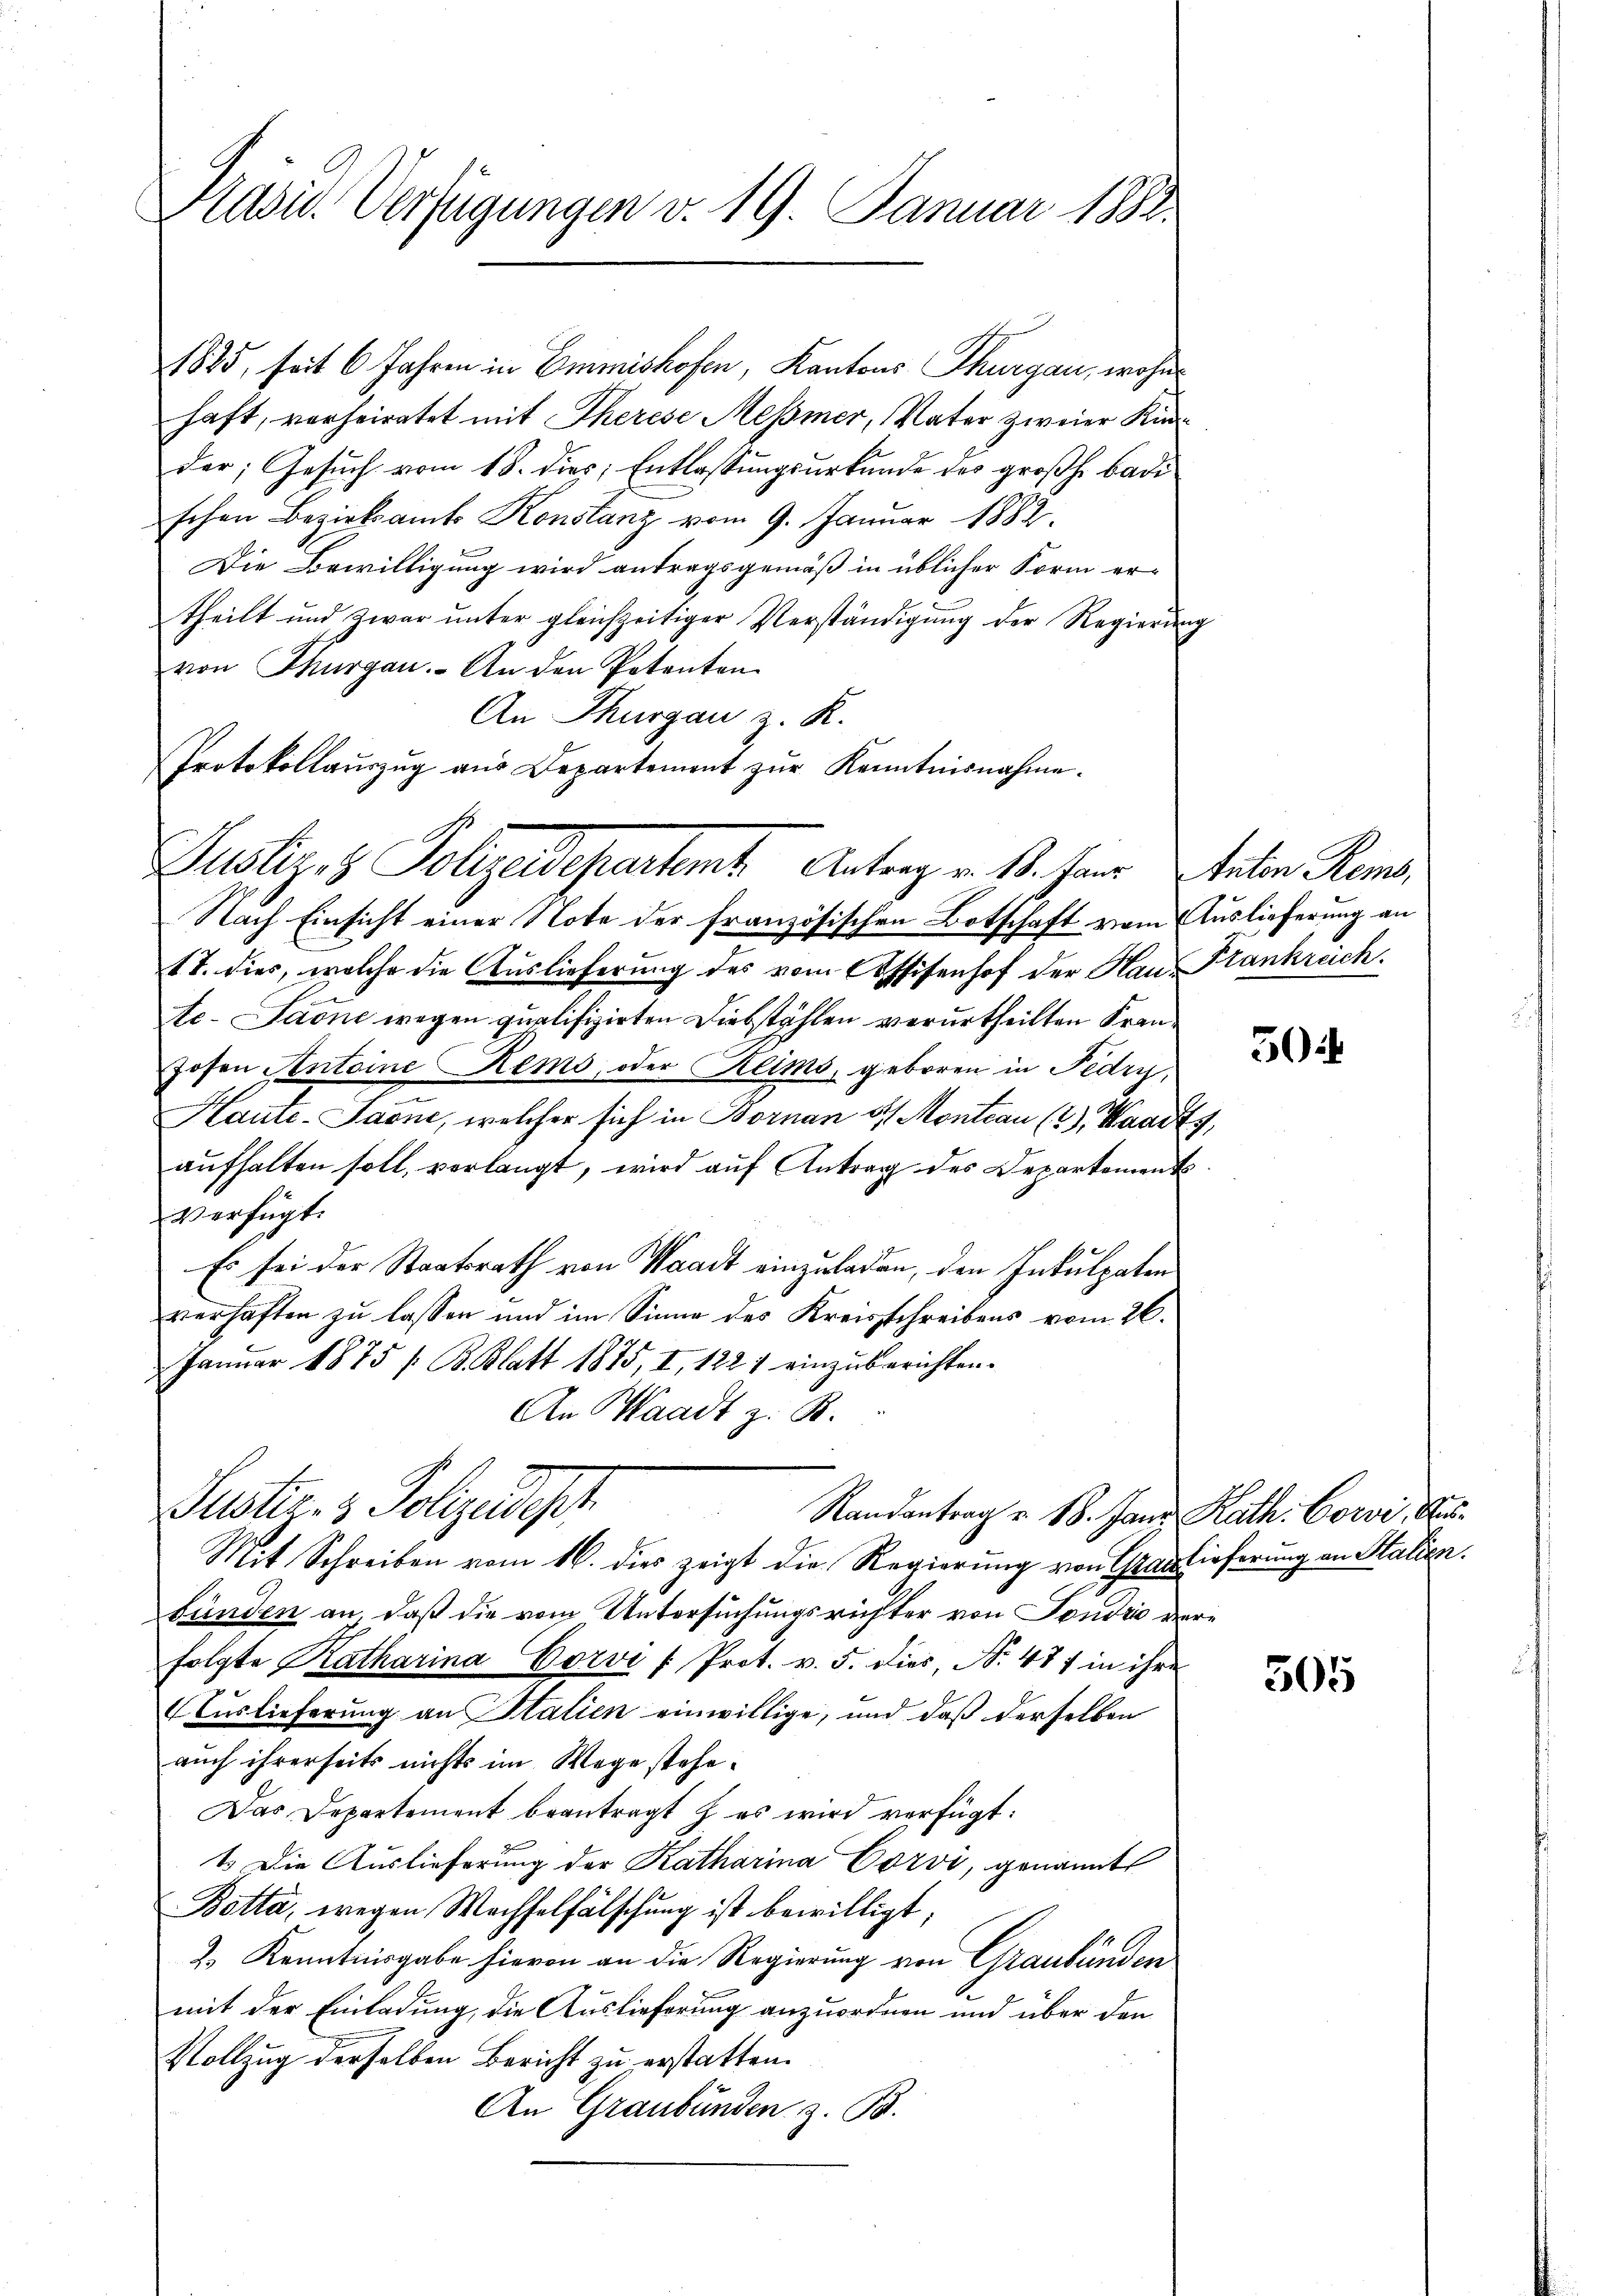
Präsid. Verfügungen v. 19. Januar 1882

1885, seit 6 Jahren in Emmishofen, Kantons Thurgau, wohnhaft, vorheiratet mit Therese Messner, Vater zweier Kinder; Gesuch vom 18. dies, Entlassungsurkunde des großh. Badischen Bezirksamts Konstanz vom 9. Januar 1882.
Die Bewilligung wird antragsgemäß in üblicher Form er-
theilt und zwar ŭnter gleichzeitiger Verständigung der Regierung
von Thurgau. An den Petenten
An Thurgau z. R.
Protokollauszug aus Departement zŭr Kenntnisnahme.
Nach Einsicht einer Note der französischen Botschaft vom Auslieferung an
t T. dies, welche die Auslieferung des vom Assisenhof der Hau Frankreich.
te-Jaone wegen qualifizirten Diebstählen verurtheilten Kranhosen Antoine Rems, oder Klims, geboren in Fedry,
Haute-Saone, welcher sich in Bornan 3 Montan (2), Waadt,
aufhalten soll, verlangt, wird auf Antrag des Departement
Verfügt:
Es sei der Staatsrath von Waadt einzuladen, den Inkulpaten
verhaften zu lassen und im Sinne des Kreisschreibens vom 26.
Januar 1875 / B. Blatt 1875, I, 1227 einzuberichten.
An Waadt z. B.

Justiz & Polizeidigt

Justiz- & Polizeidepartent Antrag v. 18. herr Anton Rems.

Mit Schreiben vom 16. dies zeigt die Regierung von Grauslieferung an Stalien.
bünden an, daß die vom Untersuchungsrichter von Fondrio der
folgte Ratharina Corvi " Prot. v. 5. dies, No. 487 in ihre
Auslieferung an Stalien einwillige, und daß derselben
auch ihrerseits nichts im Wege stehe.
Das Departement beantragt & es wird verfügt:
1. Die Auslieferung der Katharina Corvi, genannt
Botta, wegen Wachselfälschung ist bewilligt,
2.) Kenntnisgabe hievon an die Regierung von Graubünden
mit der Einladung, die Auslieferung anzuordnen und über den
Vollzug derselben Bericht zu erstatten.
An Graubünden z. B.

Randantrag u. 18. Janz Rath. Corvi, Aus¬

50

505